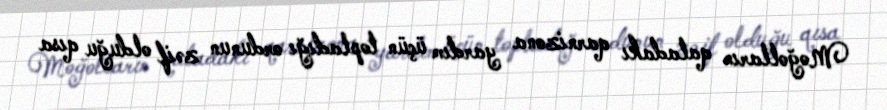
Moğolların qaladakı qarnizona yardım üçün topladığı ordunun zəif olduğu qısa